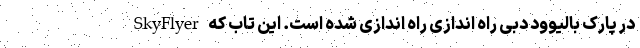
در پارک بالیوود دبی راه اندازی راه اندازی شده است. این تاب که SkyFlyer